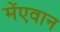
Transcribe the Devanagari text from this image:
मेंएवान